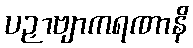
ပဉှာဗျာကရဏာနိ